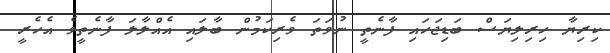
ކިރިޔާ ހިރިލިޔަސް ބަޑިޖަހައި ފާނެތީ ނުވަތަ ވެރިކަމުން ބާލައި އެއްލާލަ ފާނެތީވެ އެހެރީ